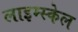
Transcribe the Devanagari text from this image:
लाइम्स्केल